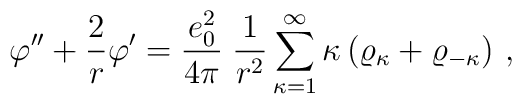
\varphi''+\frac{2}{r}\varphi'=\frac{e_0^2}{4\pi}\;\frac{1}{r^2}\sum_{\kappa=1}^\infty\kappa\left(\varrho_{\kappa}+\varrho_{-\kappa}\right)\,,